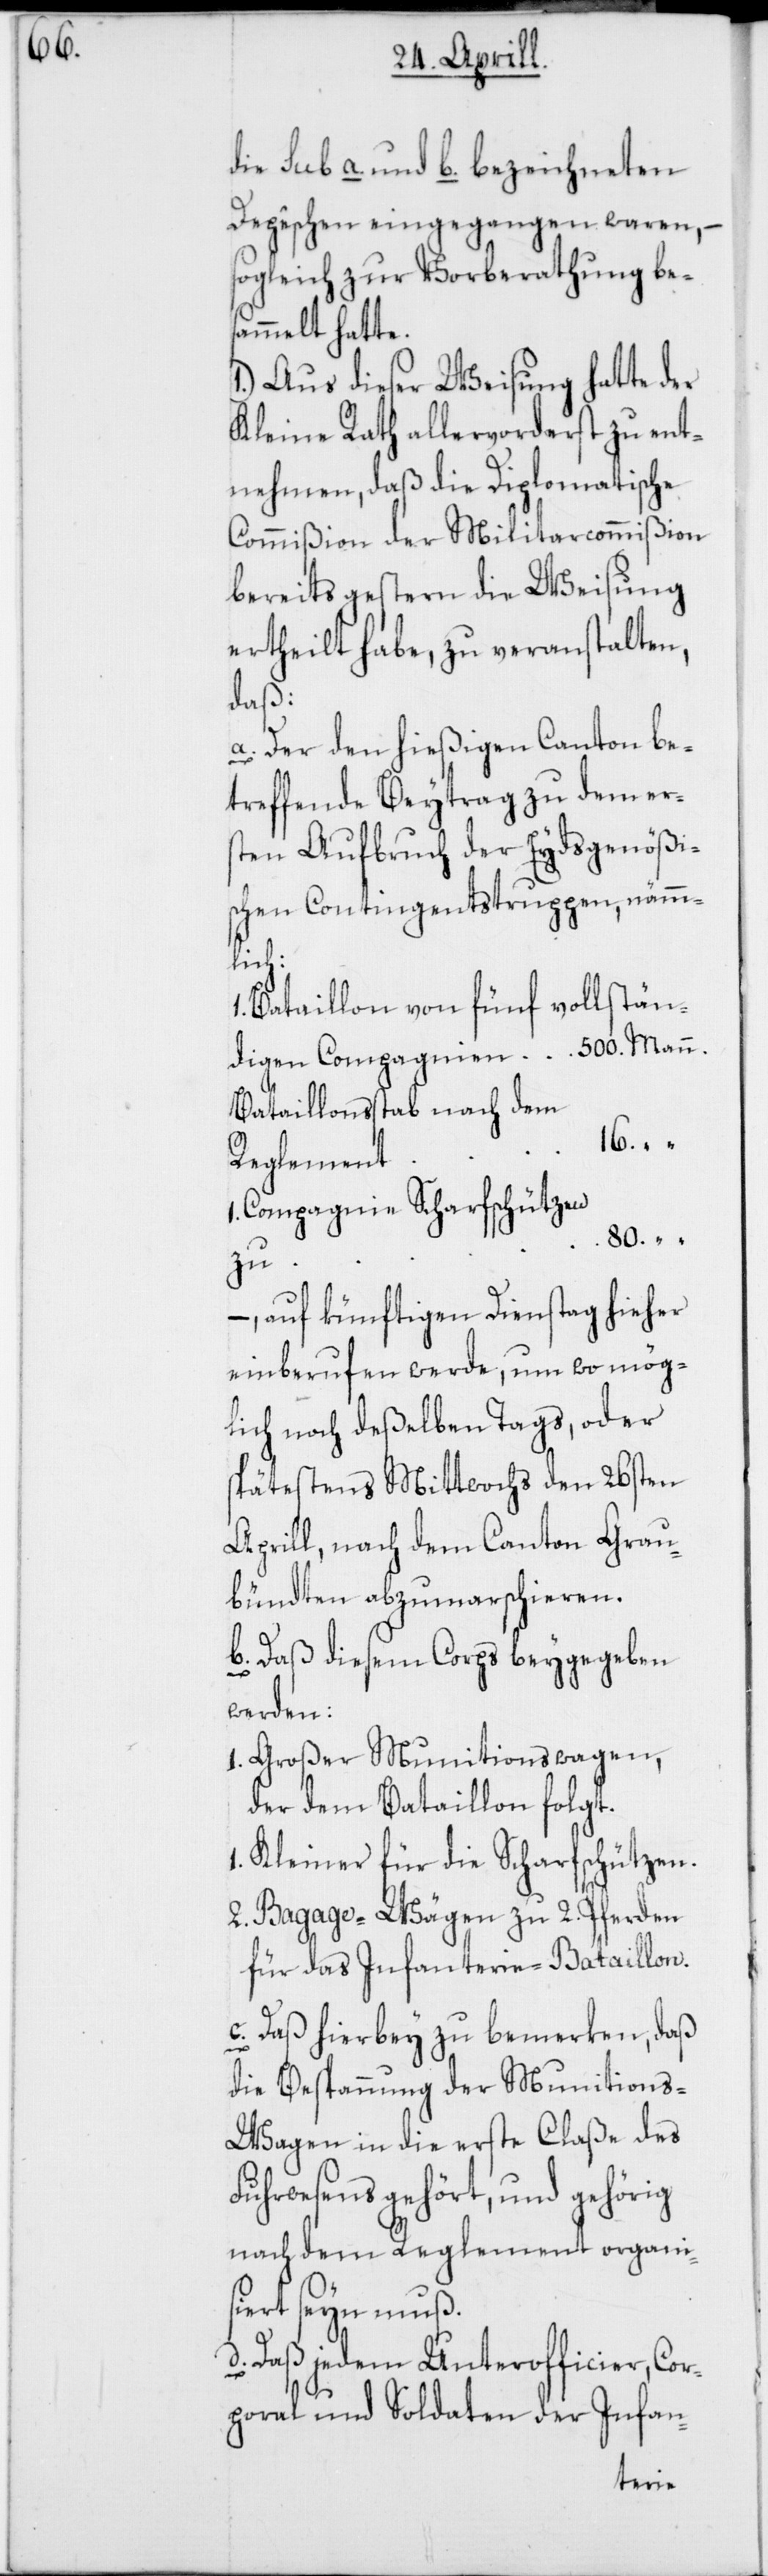
die sub a. und b. bezeichneten
Depêchen eingegangen waren, –
sogleich zur Vorberathung be¬
sammelt hatte.
1.) Aus dieser Weisung hatte der
Kleine Rath allervorderst zu ent¬
nehmen, daß die Diplomatische
Commißion der Militarcommißion
bereits gestern die Weisung
ertheilt habe, zu veranstalten,
daß:
a. Der den hießigen Canton be¬
treffende Beytrag zu dem er¬
sten Aufbruch der Eydsgenößi¬
schen Contingentstruppen, nämm¬
lich:
1. Bataillon von fünf vollstän¬
digen Compagnien 500. Mann.
Bataillonßtab nach dem
16. “
Reglement
Compagnie Scharfschützen
zu
–, auf künftigen Dienstag hieher
einberufen werde, um wo mög¬
lich noch deßelben Tags, oder
spätestens Mittwochs den 26sten
Aprill, nach dem Canton Grau¬
bündten abzumarschieren.
b. Daß diesem Corps beygegeben
werden:
1. Großer Munitionswagen,
der dem Bataillon folgt.
1. Kleiner für die Scharfschützen.
2. Bagage-Wägen zu 2. Pferden
für das Infanterie-Bataillon.
c. Daß hierbey zu bemerken, daß
die Bespannung der Munitions-W¬
agen in die erste Claße des
Fuhrwesens gehört, und gehörig
nach dem Reglement organis¬
iert seyn muß.
d. Daß jedem Unterofficier, Cor¬
poral und Soldaten der Infan-